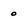
Character: 0